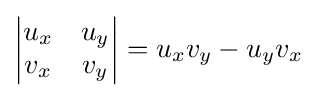
\left|{\begin{matrix}u_{x}&u_{y}\\v_{x}&v_{y}\end{matrix}}\right|=u_{x}v_{y}-u_{y}v_{x}